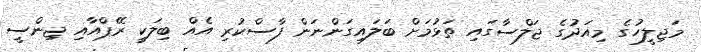
މަޖިލީހުގެ މިއަދުގެ ޖަލްސާގައި ތަޅުމަށް ބަލައިގަންނަން ފާސްކުރި އެއް ބިލަކީ ރޭޕްއާއި ޖިންސީ